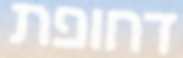
דחופת